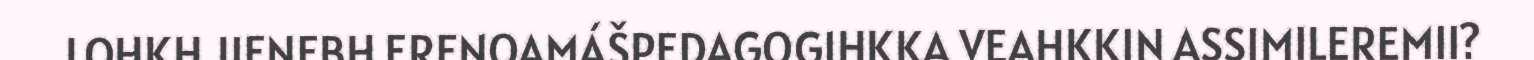
LOHKH JIENEBH ERENOAMÁŠPEDAGOGIHKKA VEAHKKIN ASSIMILEREMII?